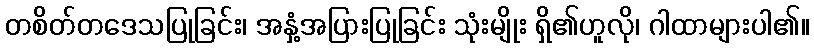
တစိတ်တဒေသပြုခြင်း၊ အနှံ့အပြားပြုခြင်း သုံးမျိုး ရှိ၏ဟူလို၊ ဂါထာများပါ၏။